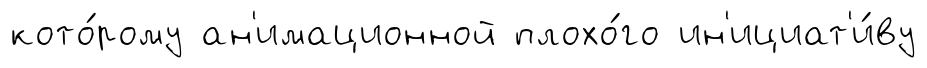
кото́рому ан'имационной плохо́го ин'ициат'и́ву